Report on horse surra - Volume I
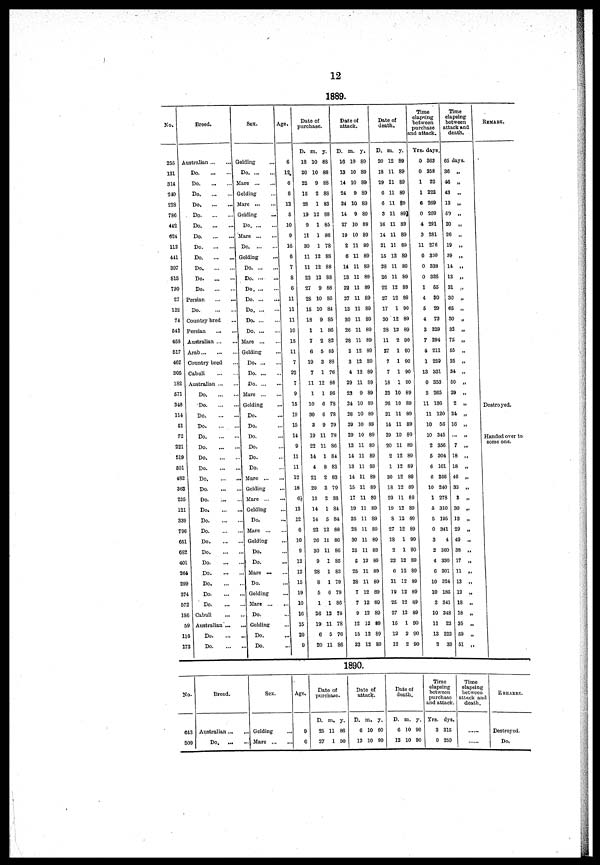
12
1889.
No.
256
131
314
240
228
786
442
624
112
441
397
815
730
27
122
74
542
458
517
467
305
182
571
348
114
51
72
221
519
501
482
363
235
121
339
796
651
682
401
264
299
374
572
186
59
116
173
Breed.
Australian
...
Do
...
Do
Do
Do
Do
Do
Do
Do
Do
Do
Do.
Do
Persian
Do
Country bred
Persian
Australian ...
Arab...
Country bred
Cabuli
Australian ...
Do.
Do.
Do.
Do.
Do.
Do.
Do.
Do.
Do.
Do.
Do
Do.
...
Do.
Do.
Do.
Do.
Do.
Do.
Do.
Do.
Do.
Cabuli
Australian...
Do.
Do
Sex.
Gelding
Do
Mare
Gelding
Mare
Gelding
Do
Mare
Do
Gelding-
Do.
Do. ...
..
Do
Do
Do
Do
Do
Mare ...
Gelding
Do
Do. ...
Do
Mare ...
Gelding
Do.
Do.
Do.
Do.
Do.
Do.
Mare ...
Gelding
Mare ...
Gelding
Do.
Mare ...
Gelding
Do.
Do.
Mare ...
Do.
Gelding
Mare ...
Do.
Gelding
Do.
Do.
Age.
6
12
6
6
12
5
10
9
16
6
7
8
6
.
11
.
11
.
11
.
10
.
15
.
11
7
.
22
7
9
..
15
..
19
..
15
..
14
9
...
11
...
11
...
12
...
18
6½
...
13
...
12
6
... 10
9
... 12
... 12
... 15
... 19
... 10
... 16
... 15
... 20
... 9
Date
purchase.
D.
18
20
22
15
28
19
9
11
30
11
11
22
27
28
15
18
1
7
6
19
7
11
1
10
30
3
19
22
14
4
21
20
1
14
14
22
26
30
9
28
8
5
1
26
19
6
20
m.
10
10
9
2
1
12
1
1
1
12
12
12
9
10
10
9
1
2
5
3
1
12
1
6
6
9
11
11
1
8
2
3
3
1
5
12
11
11
1
1
1
6
1
12
11
5
11
y.
88
88
88
88
83
88
85
86
78
88
88
88
88
85
84
85
86
82
85
88
76
88
86
78
78
79
78
86
84
83
83
79
88
84
84
88
86
86
85
83
79
79
86
78
78
76
86
Date of
attack.
D.
16
13
14
24
24
14
27
19
2
6
14
13
22
27
13
30
26
28
3
3
4
29
23
24
28
29
29
13
14
13
14
15
17
19
25
28
30
25
5
25
28
7
7
9
12
15
23
m.
10
10
10
9
10
9
10
10
11
11
11
11
11
11
11
11
11
11
12
12
12
11
9
10
10
10
10
11
11
11
11
11
11
11
11
11
11
11
12
11
11
12
12
12
12
12
12
y.
89
89
89
89
89
89
89
89
89
89
89
89
89
89
89
89
89
89
89
89
89
89
89
89
89
89
89
89
89
89
89
89
89
89
89
89
89
88
89
89
89
89
89
89
89
89
89
Date of
death.
D.
20
18
29
6
6
3
16
14
21
15
28
26
22
27
17
30
28
11
27
7
7
18
22
26
21
14
29
20
2
1
30
18
20
19
8
27
18
2
22
6
11
19
25
27
16
12
12
m.
12
11
11
11
11
11
11
11
11
12
11
11
12
12
1
12
12
2
1
1
1
1
10
10
11
11
10
11
12
12
12
12
11
12
12
12
1
1
12
12
12
12
12
12
1
12
12
y.
89
89
89
89
89
89
89
89
89
89
89
89
89
89
90
89
89
90
90
90
90
90
89
89
89
89
89
89
89
89
89
89
89
89
89
89
90
90
89
89
89
89
89
89
90
90
90
Time
elapsing
between
purchase
and attck.
Yrs.
0
0
1
1
6
0
4
3
11
0
0
0
1
4
5
4
3
7
4
1
13
0
3
11
11
10
10
2
5
6
6
10
1
5
5
0
3
2
4
6
10
10
3
10
11
13
3
days.
363
358
22
222
269
269
291
281
276
330
338
326
55
30
29
73
329
294
211
259
331
353
265
136
120
56
345
356
304
101
266
240
278
310
195
341
4
360
330
301
324
135
341
348
23
223
33
Time
elapsing
between
attack and
death.
65 days.
36 „
46 „
43 „
13 „
50 „
20 „
26 „
19 „
39 „
14 „
13 „
31 „
30 „
65 „
30 „
32 „
75 „
55 „
35 „
34 „
50 „
29 „
2 „
24 „
16 „
... „
7 „
18 „
18 „
46 „
33 „
3 „
30 „
13 „
29 „
49 „
38 „
17 „
11 „
13 „
12 „
18 „
18 „
35 „
59 „
51 „
REMARK.
Destroyed.
Handed over to
some one.
1890.
No.
643
509
Breed.
Australian
Do
Sex.
Gelding
...
Mare
Age.
9
6
Date of
purchase.
D.
25
27
m.
11
1
y.
86
90
Date of
attack.
D.
6
12
m.
10
10
y.
90
90
Date of
death.
D.
6
12
m.
10
10
y.
90
90
Time
elapsing
between
purchase
and attack.
Yrs.
3
0
dys.
315
259
Time
elapsing
between
attack and
death.
.....
REMARKS.
Destroyed.
Do.